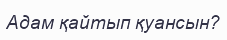
Адам қайтып қуансын?